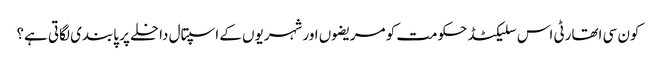
کون سی اتھارٹی اس سلیکٹڈ حکومت کو مریضوں اور شہریوں کے اسپتال داخلے پر پابندی لگاتی ہے؟